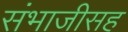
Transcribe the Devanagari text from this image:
संभाजीसह